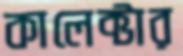
কালেক্টার